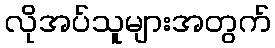
လိုအပ်သူများအတွက်